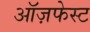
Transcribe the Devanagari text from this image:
ऑज़फेस्ट